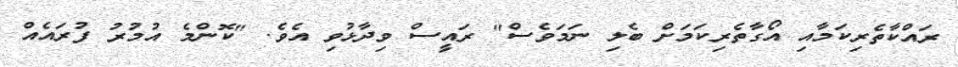
ރައްކާތެރިކަމާއި އޯގާތެރިކަމަށް ބެލި ނަމަވެސް" ރައީސް ވިދާޅުވި އެވެ. "ކޮންމެ އުމުރު ފުރައެއް